Lunatic asylums in Bengal annual reports 1888-1898 - 1888-1898
Year: 1888
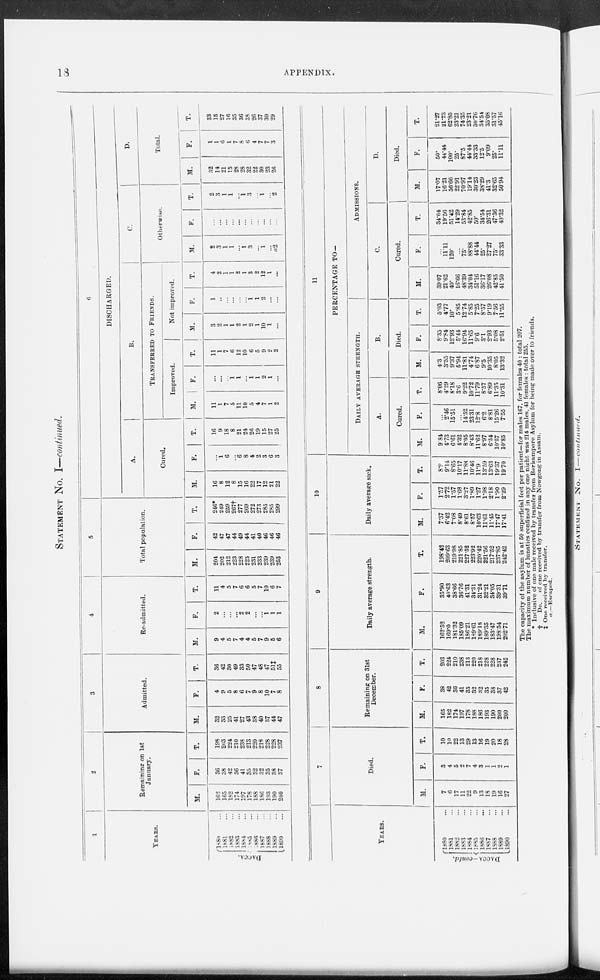
18
APPENDIX.
STATEMENT No. I—continued.
1
YEARS.
DACCA.
1880 ...
1881 ...
1882 ...
1883 ...
1884 ...
1885 ...
1886 ...
1887 ...
1888 ...
1889 ...
1890 ...
2
Remaining on 1st
January.
M.
162
165
182
174
197
178
188
186
193
190
200
F.
36
38
42
36
41
35
32
32
35
38
37
T.
198
203
224
210
238
213
220
218
228
228
237
3
Admitted.
M.
32
33
25
41
27
43
38
40
37
44
47
F.
4
9
5
8
6
7
9
8
10
7
8
T.
36
42
30
49
33
50
47
48
47
51‡
55
4
Re-admitted.
M.
9
4
5
7
4
4
5
7
9
5
6
F.
2
...
...
...
2
2
...
...
1
1
1
T.
11
4
5
7
6
6
5
7
10
6
7
5
Total population.
M.
204
202
212
223
228
225
231
233
239
239
253
F.
42
47
47
44
49
44
41
40
46
46
46
T.
246*
249
259
267†
277
269
272
273
285
285
299
6
DISCHARGED.
A.
Cured.
M.
16
8
12
8
15
16
22
17
12
21
22
F.
...
1
6
...
6
8
4
2
3
6
3
T.
16
9
18
8
21
24
26
19
15
27
25
B.
TRANSFERRED TO FRIENDS.
Improved.
M.
11
1
7
5
11
10
5
4
7
1
2
F.
...
...
...
1
1
...
1
1
2
1
...
T.
11
1
7
6
12
10
6
5
9
2
2
Not improved.
M.
3
2
1
1
2
1
2
1
10
1
...
F.
1
...
...
...
...
...
1
1
2
...
...
T.
4
2
1
1
2
1
3
2
12
1
...
C.
Otherwise.
M.
2
3
1
1
...
1
3
...
1
...
a2
F.
...
...
...
...
...
...
...
...
...
...
...
T.
2
3
1
1
...
1
3
...
1
...
2
D.
Total.
M.
32
14
21
15
28
28
32
22
30
23
26
F.
1
1
6
1
7
8
6
4
7
7
3
T.
33
15
27
16
35
36
38
26
37
30
29
YEARS.
DACCA—contd.
1880 ...
1881 ...
1882 ...
1883 ...
1884 ...
1885 ...
1886 ...
1887 ...
1888 ...
1889 ...
1890 ...
7
Died.
M.
7
6
17
11
22
9
13
18
19
16
27
F.
3
4
5
2
7
4
3
1
1
2
1
T.
10
10
22
13
29
13
16
19
20
18
28
8
Remaining on 31st
December.
M.
165
182
174
197
178
188
186
193
190
200
200
F.
38
42
36
41
35
32
32
35
38
37
42
T.
203
224
210
238
213
220
218
228
228
237
242
9
Daily average strength.
M.
162.52
169.0
181.32
185.09
186.21
189.61
189.18
189.35
183.47
198.54
202.71
F.
35.90
40.63
38.66
36.76
41.31
34.31
31.24
32.21
34.05
39.31
39.71
T.
198.42
209.63
219.98
221.85
227.52
223.92
220.42
221.56
217.52
237.85
242.42
10
Daily average sick.
M.
7.37
6.42
7.08
8.49
8.61
8.57
10.63
11.61
11.45
17.47
17.41
F.
1.57
2.72
1.57
1.68
3.27
1.89
1.27
1.98
2.18
1.90
2.29
T.
8.9
9.14
8.65
10.17
11.88
10.46
11.9
13.59
13.63
19.37
19.70
11
PERCENTAGE TO—
DAILY AVERAGE STRENGTH.
A.
Cured.
M.
9.84
4.73
6.61
4.32
8.05
8.43
11.62
8.97
6.54
10.57
10.85
F.
...
2.46
15.51
...
14.52
23.31
12.8
6.2
8.81
15.26
7.55
T.
8.06
4.29
8.18
3.6
9.22
10.72
11.79
8.57
6.89
11.35
10.31
B.
Died.
M.
4.3
3.55
9.37
5.94
11.81
4.74
6.87
9.5
10.35
8.05
13.32
F.
8.35
9.84
12.93
5.44
16.94
11.65
9.6
3.1
2.93
5.08
2.51
T.
5.03
4.77
10.
5.85
12.74
5.85
7.25
8.57
9.19
7.56
11.55
ADMISSIONS.
C.
Cured.
M.
39.07
21.62
40.
16.66
48.39
34.04
51.16
36.17
26.08
42.85
41.50
F.
...
11.11
120.
...
75.
88.88
44.44
25.
27.27
75.
33.33
T.
34.04
19.56
51.42
14.29
53.84
42.85
50.
34.54
26.31
47.36
40.32
D.
Died.
M.
17.07
16.21
56.66
22.91
70.97
19.14
30.23
38.29
41.3
32.65
50.94
F.
50.
44.44
100.
25.
87.5
44.44
33.33
12.5
9.09
25.
11.11
T.
21.27
21.73
62.85
23.21
74.35
23.21
30.76
34.54
35.08
31.57
45.16
The capacity of the asylum is at 50 superficial feet per patient—for males 167, for females 40 : total 207.
The maximum number of lunatics confined in any one night was 214 males, 41 females : total 255.
* Inclusive of one male received by transfer from Berhampore Asylum for being made over to friends.
†
Do.
of one received by transfer from Nowgong in Assam.
‡ One received by transfer.
a.—Escaped.